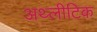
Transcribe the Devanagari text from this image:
अथ्लीटिक